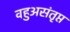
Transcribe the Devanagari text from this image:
वहुअसंतृप्त